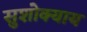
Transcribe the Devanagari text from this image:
सुशोक्याय